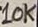
Text: 10K